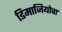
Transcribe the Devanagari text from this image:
डिमाजियोचा